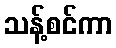
သန့်စင်ကာ